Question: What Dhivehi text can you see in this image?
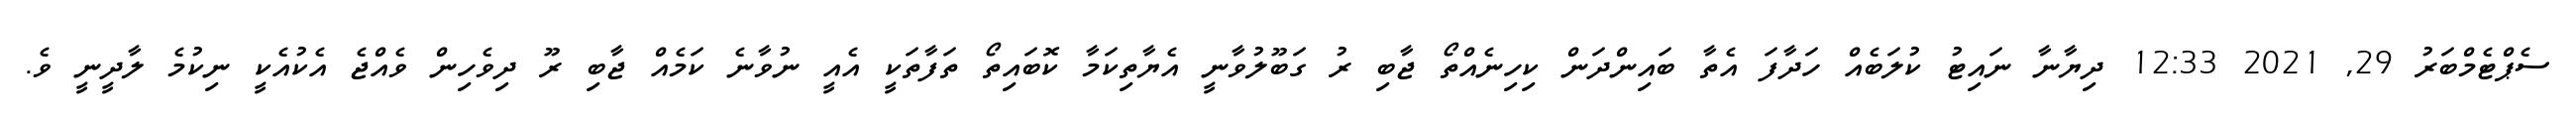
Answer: ސެޕްޓެމްބަރު 29, 2021 12:33 ދިޔާނާ ނައިޓު ކުލަބެއް ހަދާފަ އެތާ ބައިންދަން ކިހިނެއްތޯ ޖާބި ރު ގަބޫލުވާނީ އެޔާތިކަމާ ކޮބައިތޯ ތަފާތަކީ އެއީ ނުވާނެ ކަމެއް ޖާބި ރޫ ދިވެހިން ވެއްޖެ އެކުއެކީ ނިކުމެ ލާދީނީ ވެ.